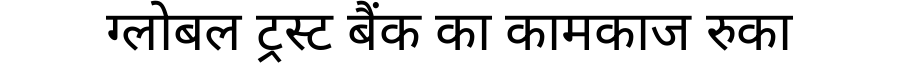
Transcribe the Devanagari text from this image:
ग्लोबल ट्रस्ट बैंक का कामकाज रुका